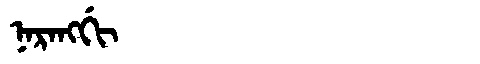
Manchu: ᠨᠠᡵᠠᠩᡤᡳ
Romanization: NARANGGI